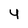
Character: 4